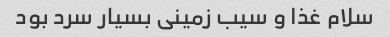
سلام غذا و سیب زمینی بسیار سرد بود